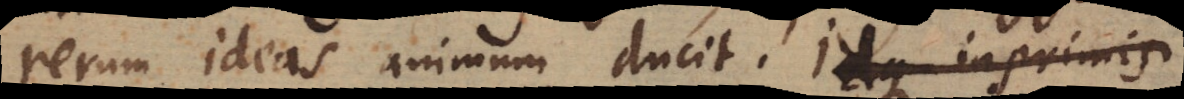
rerum ideas animum ducit. Idque in primis